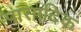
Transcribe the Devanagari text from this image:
पासादिक